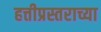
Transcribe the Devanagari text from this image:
हत्तीप्रस्तराच्या